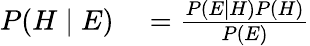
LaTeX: \begin{array}{rl}{P(H\mid E)}&{{}={\frac{P(E\mid H)P(H)}{P(E)}}}\end{array}